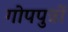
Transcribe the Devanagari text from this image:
गोपपुत्रों